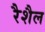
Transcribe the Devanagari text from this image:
रैशैल